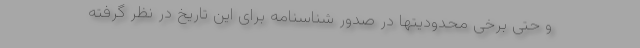
و حتی برخی محدودیتها در صدور شناسنامه برای این تاریخ در نظر گرفته